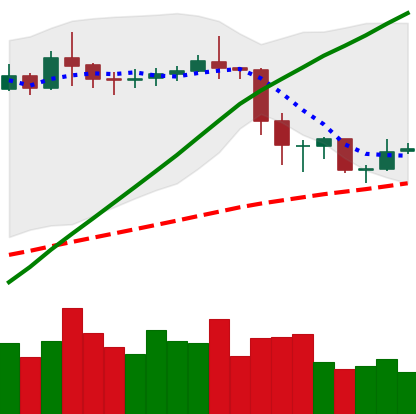
Ticker: ETC-USD
Chart end date: 2020-02-22
Forward return: -19.299%
Label: down_7plus